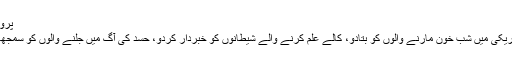
پروفیسرڈاکٹر محمد عقیل » Blog Archive » سورہ الفلق کا خلاصہ
دن کے اجالے میں نقصان پہنچانے والوں سے کہہ دو ، رات کی تاریکی میں شب خون مارنے والوں کو بتادو، کالے علم کرنے والے شیطانوں کو خبردار کردو، حسد کی آگ میں جلنے والوں کو سمجھادو کہ میں تو اپنے بچانے والے آقا کے قلعے میں پناہ لے چکا ہوں۔